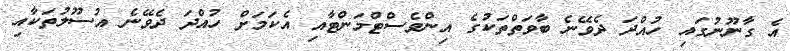
އެ ގާނޫނުގައި ހުއްދަ ދެވޭނެ ބާވަތްތަކުގެ އިންވެސްޓްމަންޓާއި އެކަމަށް ހުއްދަ ދެވޭނެ އުސޫލުތަކާއި